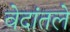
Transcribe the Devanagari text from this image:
वेदांतले